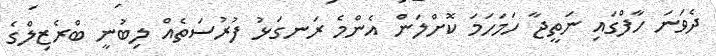
ދެވަނަ ހާފްގައި ނަތީޖާ ހަމަހަމަ ކޮށްލަން އެންމެ ރަނގަޅު ފުރުސަތެއް ލިބުނީ ބްރެޒިލްގެ